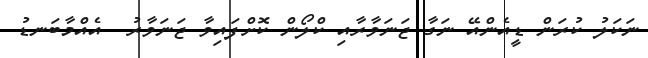
ނަކަލު ކުރަން ޑީއެންއޭ ނަގާ ޖަނަވާރާއި ކްލޯން ކޮށްފައިވާ ޖަނަވާރު  އެއްމާބަނޑު